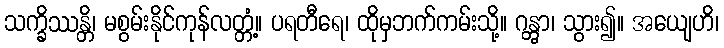
သက္ခိဿန္တိ၊ မစွမ်းနိုင်ကုန်လတ္တံ့။ ပရတီရေ၊ ထိုမှဘက်ကမ်းသို့။ ဂန္တွာ၊ သွား၍။ အယျေဟိ၊